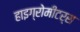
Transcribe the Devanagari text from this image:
हाइग्रोमीटर्स